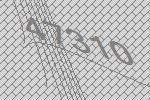
47310